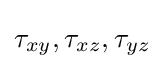
\tau _{xy},\tau _{xz},\tau _{yz}